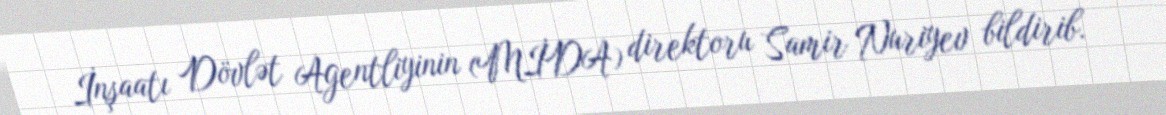
İnşaatı Dövlət Agentliyinin (MİDA) direktoru Samir Nuriyev bildirib.